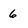
Character: 6